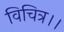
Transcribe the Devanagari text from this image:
विचित्र।।